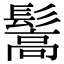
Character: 𩮘